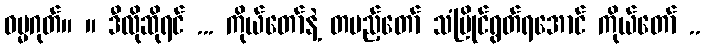
ဓမ္မဂုတ်။ ။ ဒီလိုဆိုရင် ... ကိုယ်တော်နဲ့ တပည့်တော် သံပြိုင်ရွတ်ရအောင် ကိုယ်တော် ..